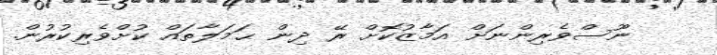
ނޫސްވެރިންނަށް އަމާޒުކޮށް ރޭ ދިން ޙަމަލާތައް ކުށްވެރިކުރުން.